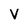
Character: V